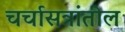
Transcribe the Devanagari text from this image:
चर्चासत्रांतील